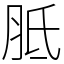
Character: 胝